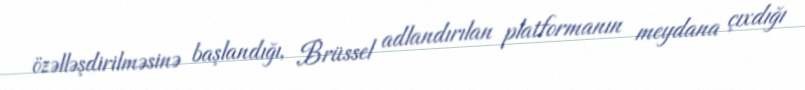
özəlləşdirilməsinə başlandığı, Brüssel adlandırılan platformanın meydana çıxdığı